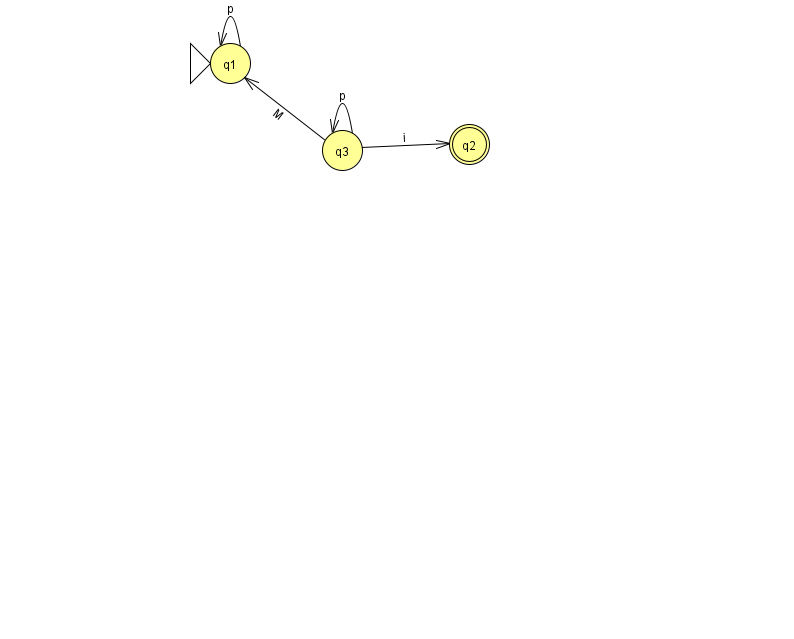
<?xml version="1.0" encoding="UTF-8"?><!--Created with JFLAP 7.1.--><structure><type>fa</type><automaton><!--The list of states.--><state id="1" name="q1"><x>230.0</x><y>50.0</y><initial/></state><state id="2" name="q2"><x>469.0</x><y>131.0</y><final/></state><state id="3" name="q3"><x>342.0</x><y>137.0</y></state><!--The list of transitions.--><transition><from>1</from><to>1</to><read>p</read></transition><transition><from>3</from><to>1</to><read>M</read></transition><transition><from>3</from><to>3</to><read>p</read></transition><transition><from>3</from><to>2</to><read>i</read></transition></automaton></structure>